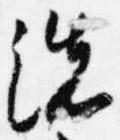
洗